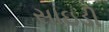
સાઇડી